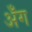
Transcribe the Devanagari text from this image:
अँग